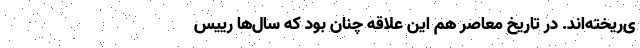
ی‌ریخته‌اند. در تاریخ معاصر هم این علاقه چنان بود که سال‌ها رییس